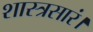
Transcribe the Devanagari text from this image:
शास्त्रसारं।